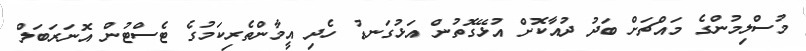
މުސްލިމުންގެ މައްޗަށް ބަދު ދުއާކޮށް އުޅޭގޮތުން އަޅުގަނޑު ހެދި އީމާންތެރިކަމުގެ ޓެސްޓުން އޮނަރަބަލް